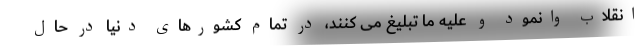
انقلاب وانمود و علیه ما تبلیغ می کنند، در تمام کشورهای دنیا در حال